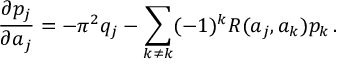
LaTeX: { \frac { \partial p _ { j } } { \partial a _ { j } } } = - \pi ^ { 2 } q _ { j } - \sum _ { k \neq k } ( - 1 ) ^ { k } R ( a _ { j } , a _ { k } ) p _ { k } \, .